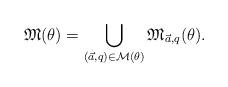
LaTeX: \begin{align*}\mathfrak{M}(\theta)=\bigcup_{(\vec{a},q)\in \mathcal{M}(\theta)} \mathfrak{M}_{\vec{a},q}(\theta).\end{align*}